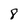
Character: 8